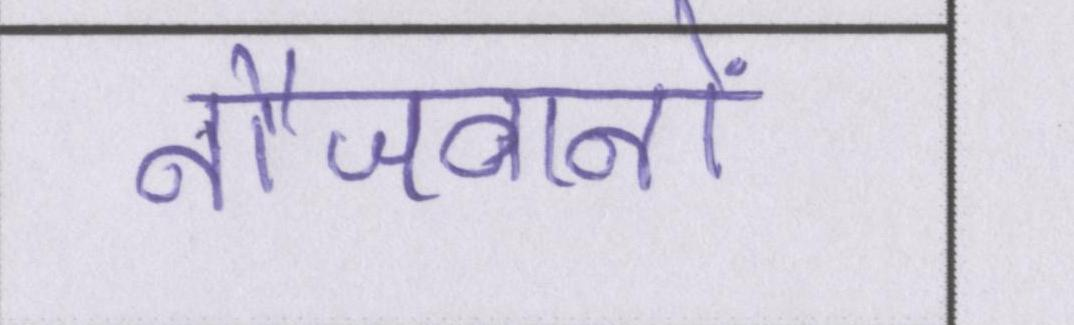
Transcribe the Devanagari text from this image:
नौजवानों